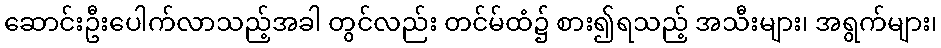
ဆောင်းဦးပေါက်လာသည့်အခါ တွင်လည်း တင်မ်ထံ၌ စား၍ရသည့် အသီးများ၊ အရွက်များ၊